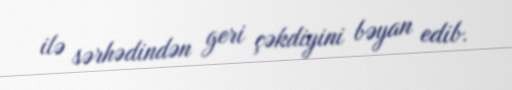
ilə sərhədindən geri çəkdiyini bəyan edib.